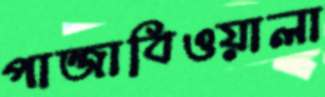
পান্জাবিওয়ালা